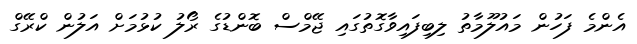
އެންމެ ފަހުން މައުލޫމާތު ލިބިފައިވާގޮތުގައި ޖޭމްސް ބޮންޑުގެ ރޯލު ކުޅުމަށް އަލުން ކްރޭގް